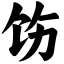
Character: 饬